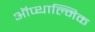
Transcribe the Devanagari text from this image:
ऑप्थाल्मिक